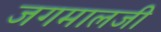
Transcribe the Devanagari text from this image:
जगमालजी